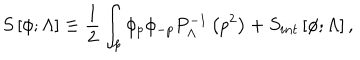
LaTeX: S \left[ \phi ; \Lambda \right] \equiv { \frac { 1 } { 2 } } \int _ { p } \phi _ { p } \phi _ { - p } P _ { \Lambda } ^ { - 1 } \left( p ^ { 2 } \right) + S _ { i n t } \left[ \phi ; \Lambda \right] ,